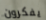
يفكرون